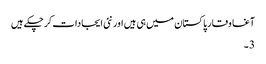
آغا وقار پاکستان میں ہی ہیں اور نئی ایجادات کر چکے ہیں
3 ۔